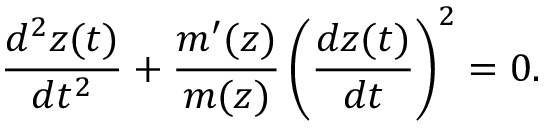
\frac { d ^ { 2 } z ( t ) } { d t ^ { 2 } } + \frac { m ^ { \prime } ( z ) } { m ( z ) } \left( \frac { d z ( t ) } { d t } \right) ^ { 2 } = 0 .